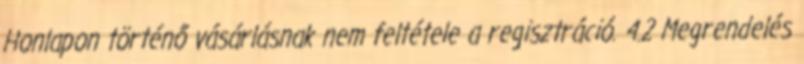
Honlapon történő vásárlásnak nem feltétele a regisztráció. 4.2 Megrendelés